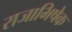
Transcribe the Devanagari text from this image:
राजाभिषेक